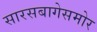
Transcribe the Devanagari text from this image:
सारसबागेसमोर